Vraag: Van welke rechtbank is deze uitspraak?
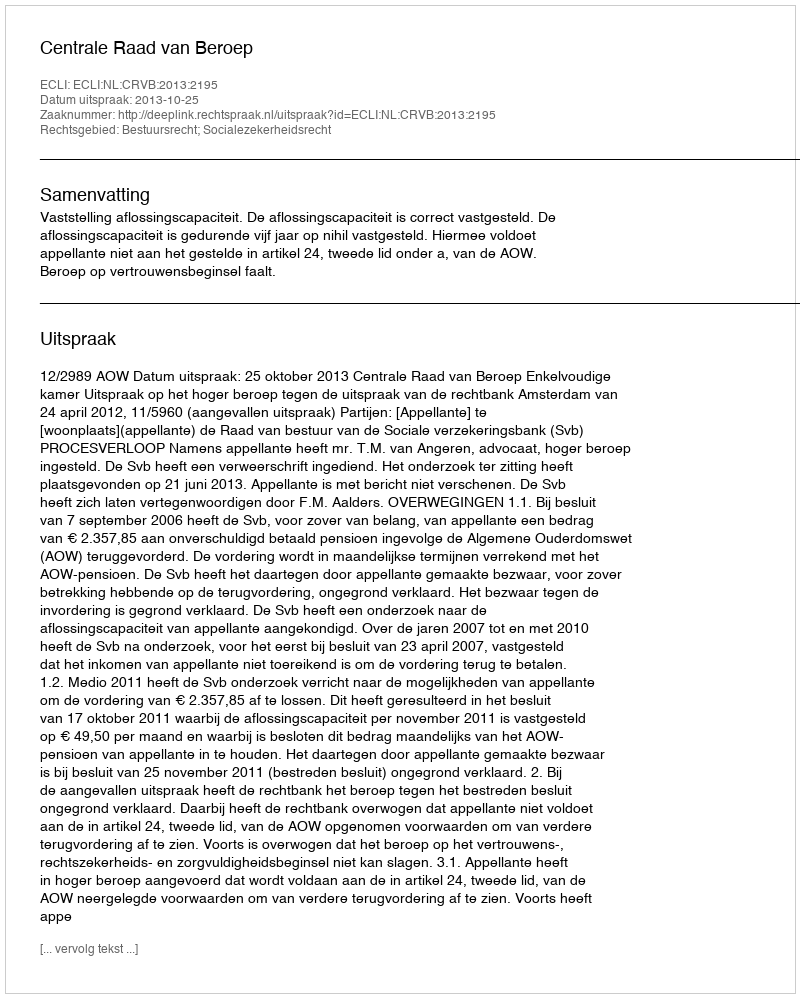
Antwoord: Centrale Raad van Beroep